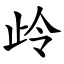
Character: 㱓